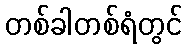
တစ်ခါတစ်ရံတွင်